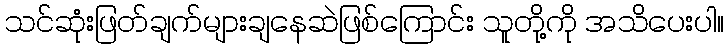
သင်ဆုံးဖြတ်ချက်များချနေဆဲဖြစ်ကြောင်း သူတို့ကို အသိပေးပါ။